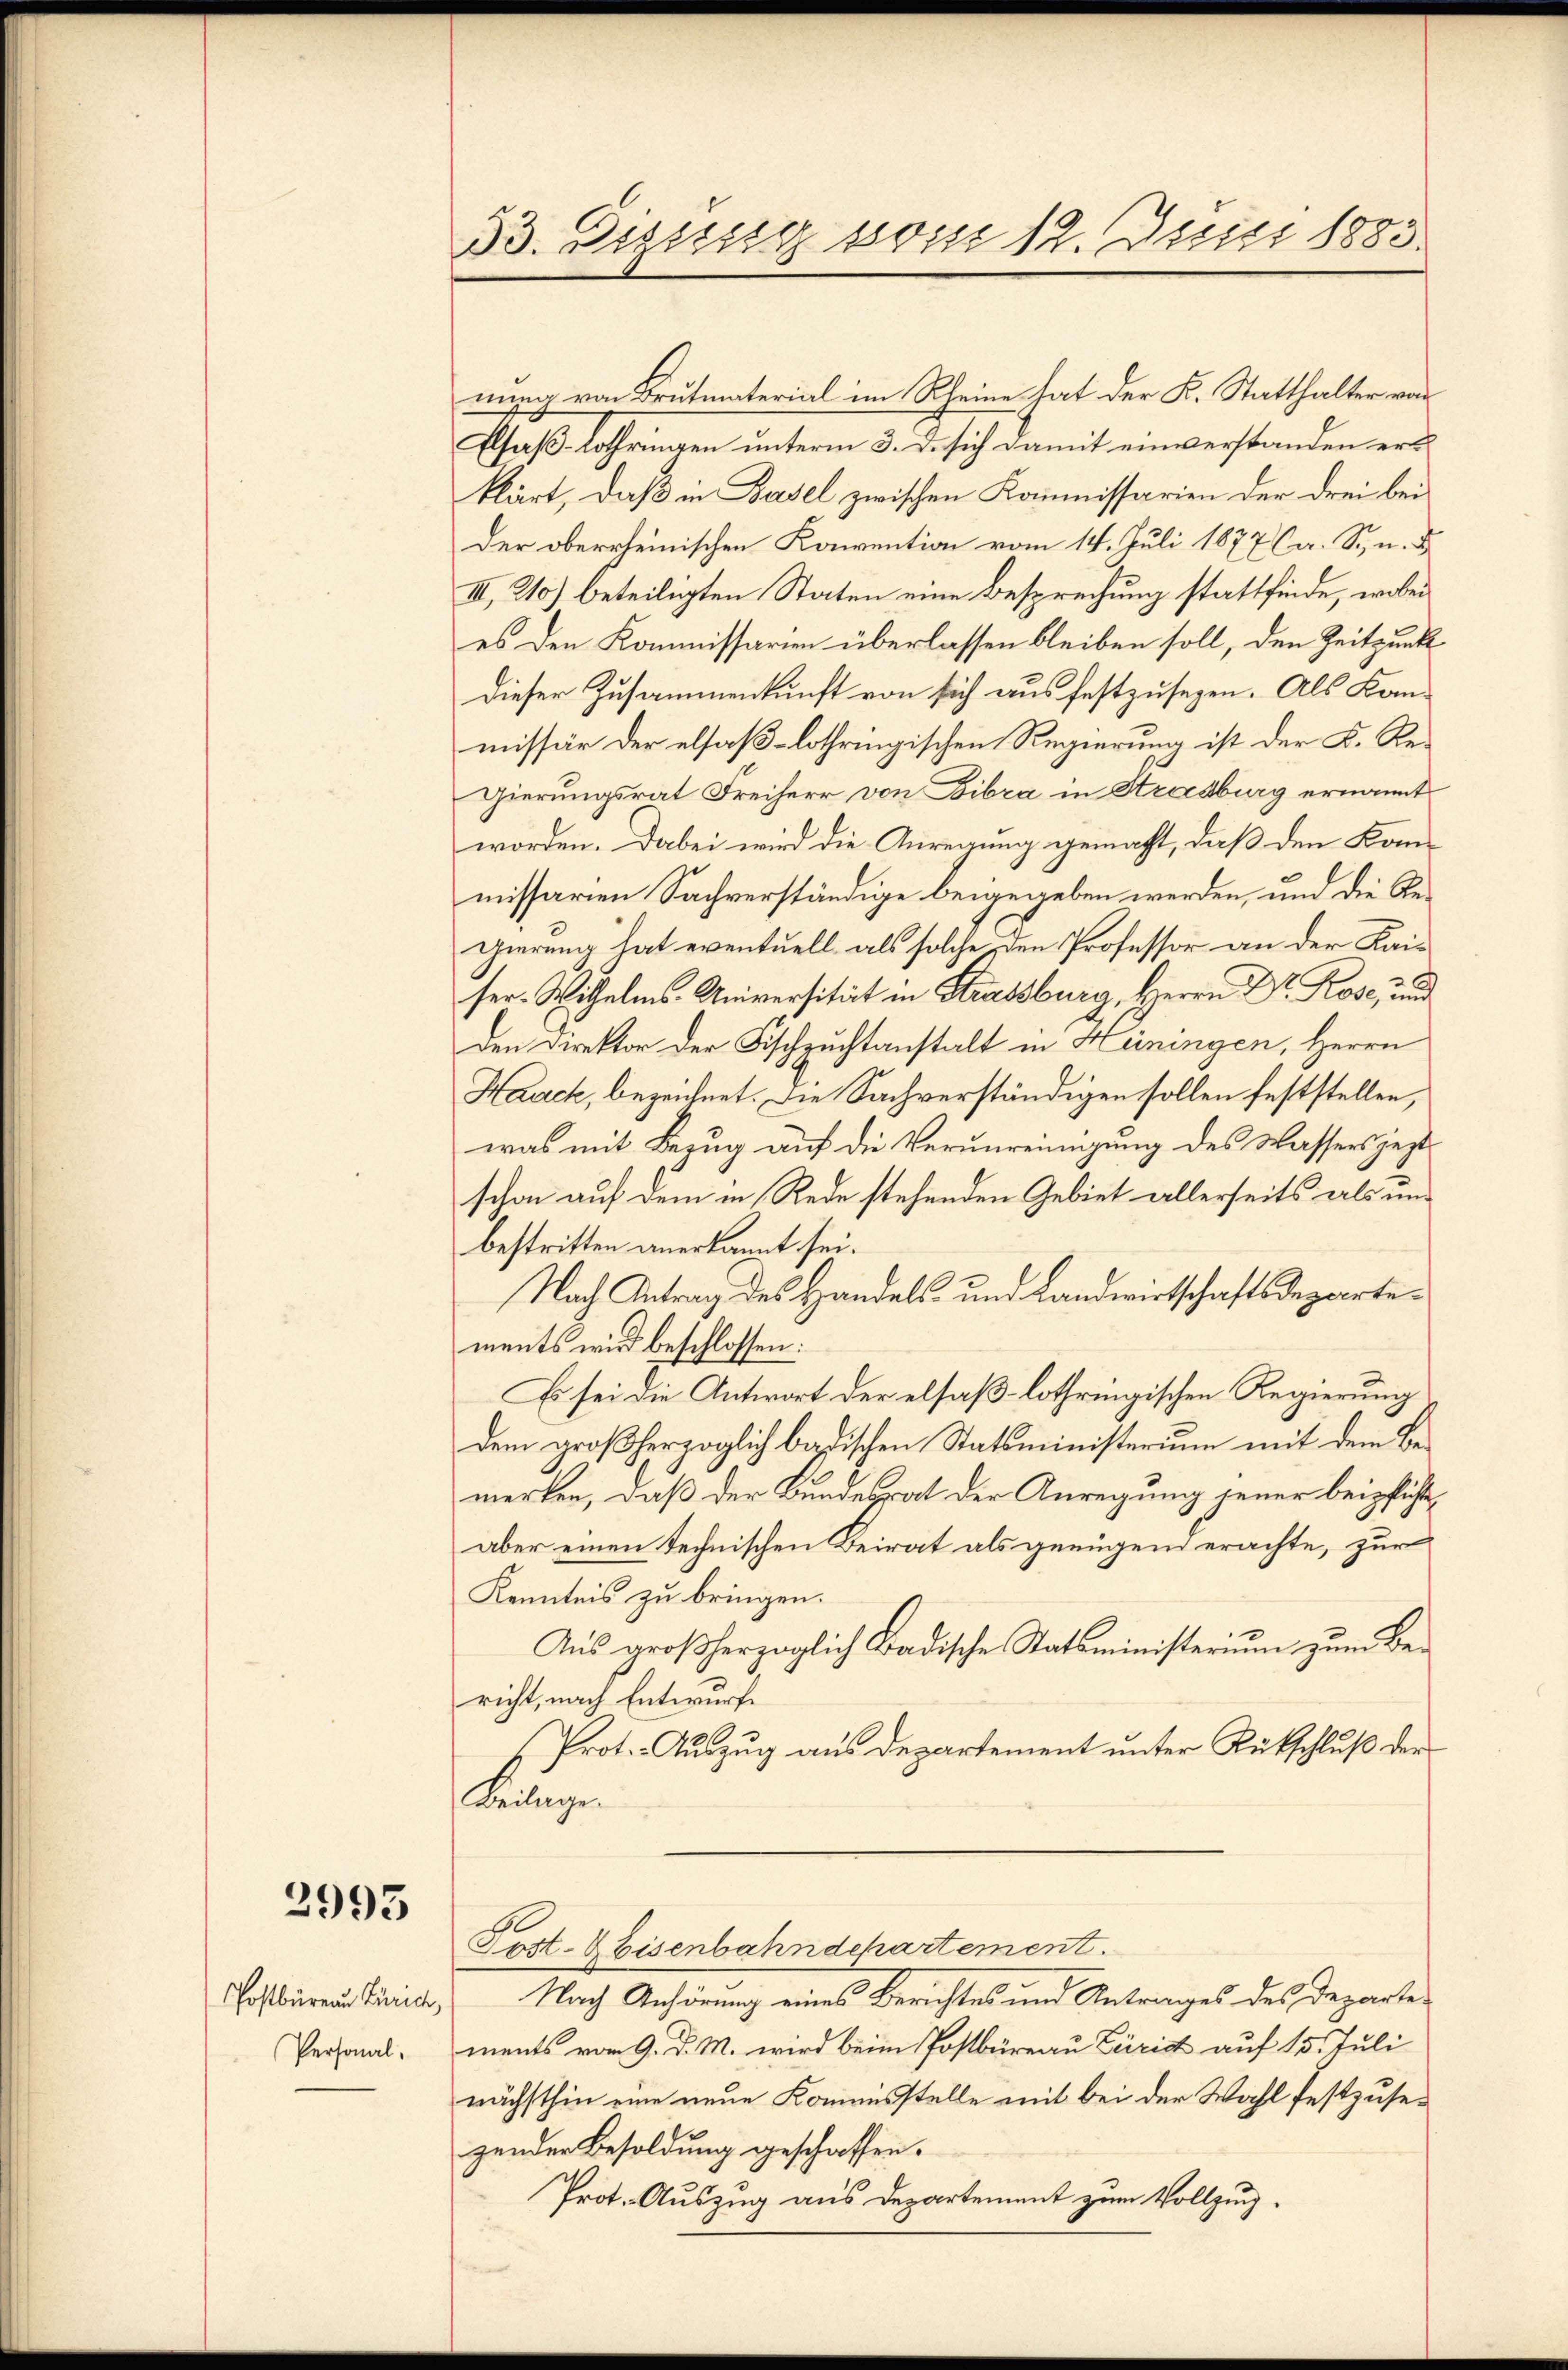
2993

Personal-

nung von Brutmaterial im Kleine hat der K. Statthalter von
Elsaß-Lothringen unterm 3. d. sich damit einverstanden ers
klärt, daß in Basel zwischen Kommissarien der drei bei
Der oberrheinischen Konvention vom 14. Juli 1877 (a. Sn. B
III, 210) beteiligten Staten eine Besprechung stattfinde, wobei
es den Kommissarien überlassen bleiben soll, den Zeitpunk
dieser Zusammenkunft von sich aus festzusehen. Als Kanmissär der elsaß-lothringischen Regierung ist der K. Regierungsrat Freiherr von Fibra in Strasburg ernannt
worden. Dabei wird die Anregung gemacht, daß den Kommissarien Sachverständige beigegeben werden, und die Regierung hat eventuell, als solche den Professor an der Kaiser. Wilhelms. Universität in Strassburg, Herrn Dr. Rose, und
den Direktor der Fischzuchtanstalt in Heiningen, Herrn
Haeck, bezeichnet. Die Sachverständigen sollen feststellen,
was mit Bezug auf die Verunreinigung des Wassers jezt
schon auf dem in Rede stehenden Gebiet allerseits als unbestritten anerkannt sei.
Nach Antrag des Handels- und Landwirtschaftsdepartements wird beschlossen:
Es sei die Antwort der elsaß lothringischen Regierung
dem großherzoglich badischen Statsministerium mit dem Bemerken, daß der Bundesrat der Anregung jener beipflichtaber einen technischen Beirat als genügend erachte, zur
Kenntnis zu bringen.
Aus großherzoglich Badische Statsministerium zum Bericht, nach Entwurfe
Prot. Auszug aus Departement unter Rückschluß der
Beilagen
Post. 8 Eisenbahndchartement.
Postbaren Trich, Nach Anhörung eines Berichtes und Antrages des Departe-
ments vom 9. d. M. wird beim Postbüreau Züricht auf 15. Juli
nächsthin eine neue Kommisstelle mit bei der Wahl festzusezender Besoldung geschroffen.
Prot. Auszug aus Departement zum Vollzug.

33. Disseg vom 12. Juni 1883.